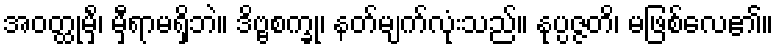
အဝတ္ထုမှိံ၊ မှီရာမရှိဘဲ။ ဒိဗ္ဗစက္ခု၊ နတ်မျက်လုံးသည်။ နုပ္ပဇ္ဇတိ၊ မဖြစ်လေ၏။